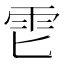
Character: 𱁑